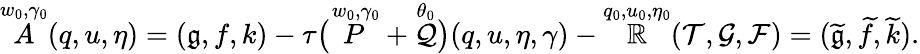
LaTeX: \overset{w_{0},\gamma_{0}}{A}(q,u,\eta)=(\mathfrak{g},f,k)-\tau\big(\overset{w_{0},\gamma_{0}}{P}+\overset{\theta_{0}}{\mathcal{Q}}\big)(q,u,\eta,\gamma)-\overset{q_{0},u_{0},\eta_{0}}{\mathbb{R}}(\mathcal{{T}},\mathcal{{G}},\mathcal{{F}})=(\widetilde{{\mathfrak{g}}},\widetilde{{f}},\widetilde{{k}}).